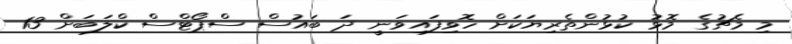
މި މެޗުގެ މޮޅު ކުޅުންތެރިޔަކަށް ހޮވިފައިވަނީ ދަ ބައުސް ސްޕޯޓްސް ކްލަބަށް 13